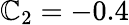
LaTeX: \mathbb{C}_{2}=-0.4